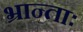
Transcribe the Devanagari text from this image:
भ्रान्ताः